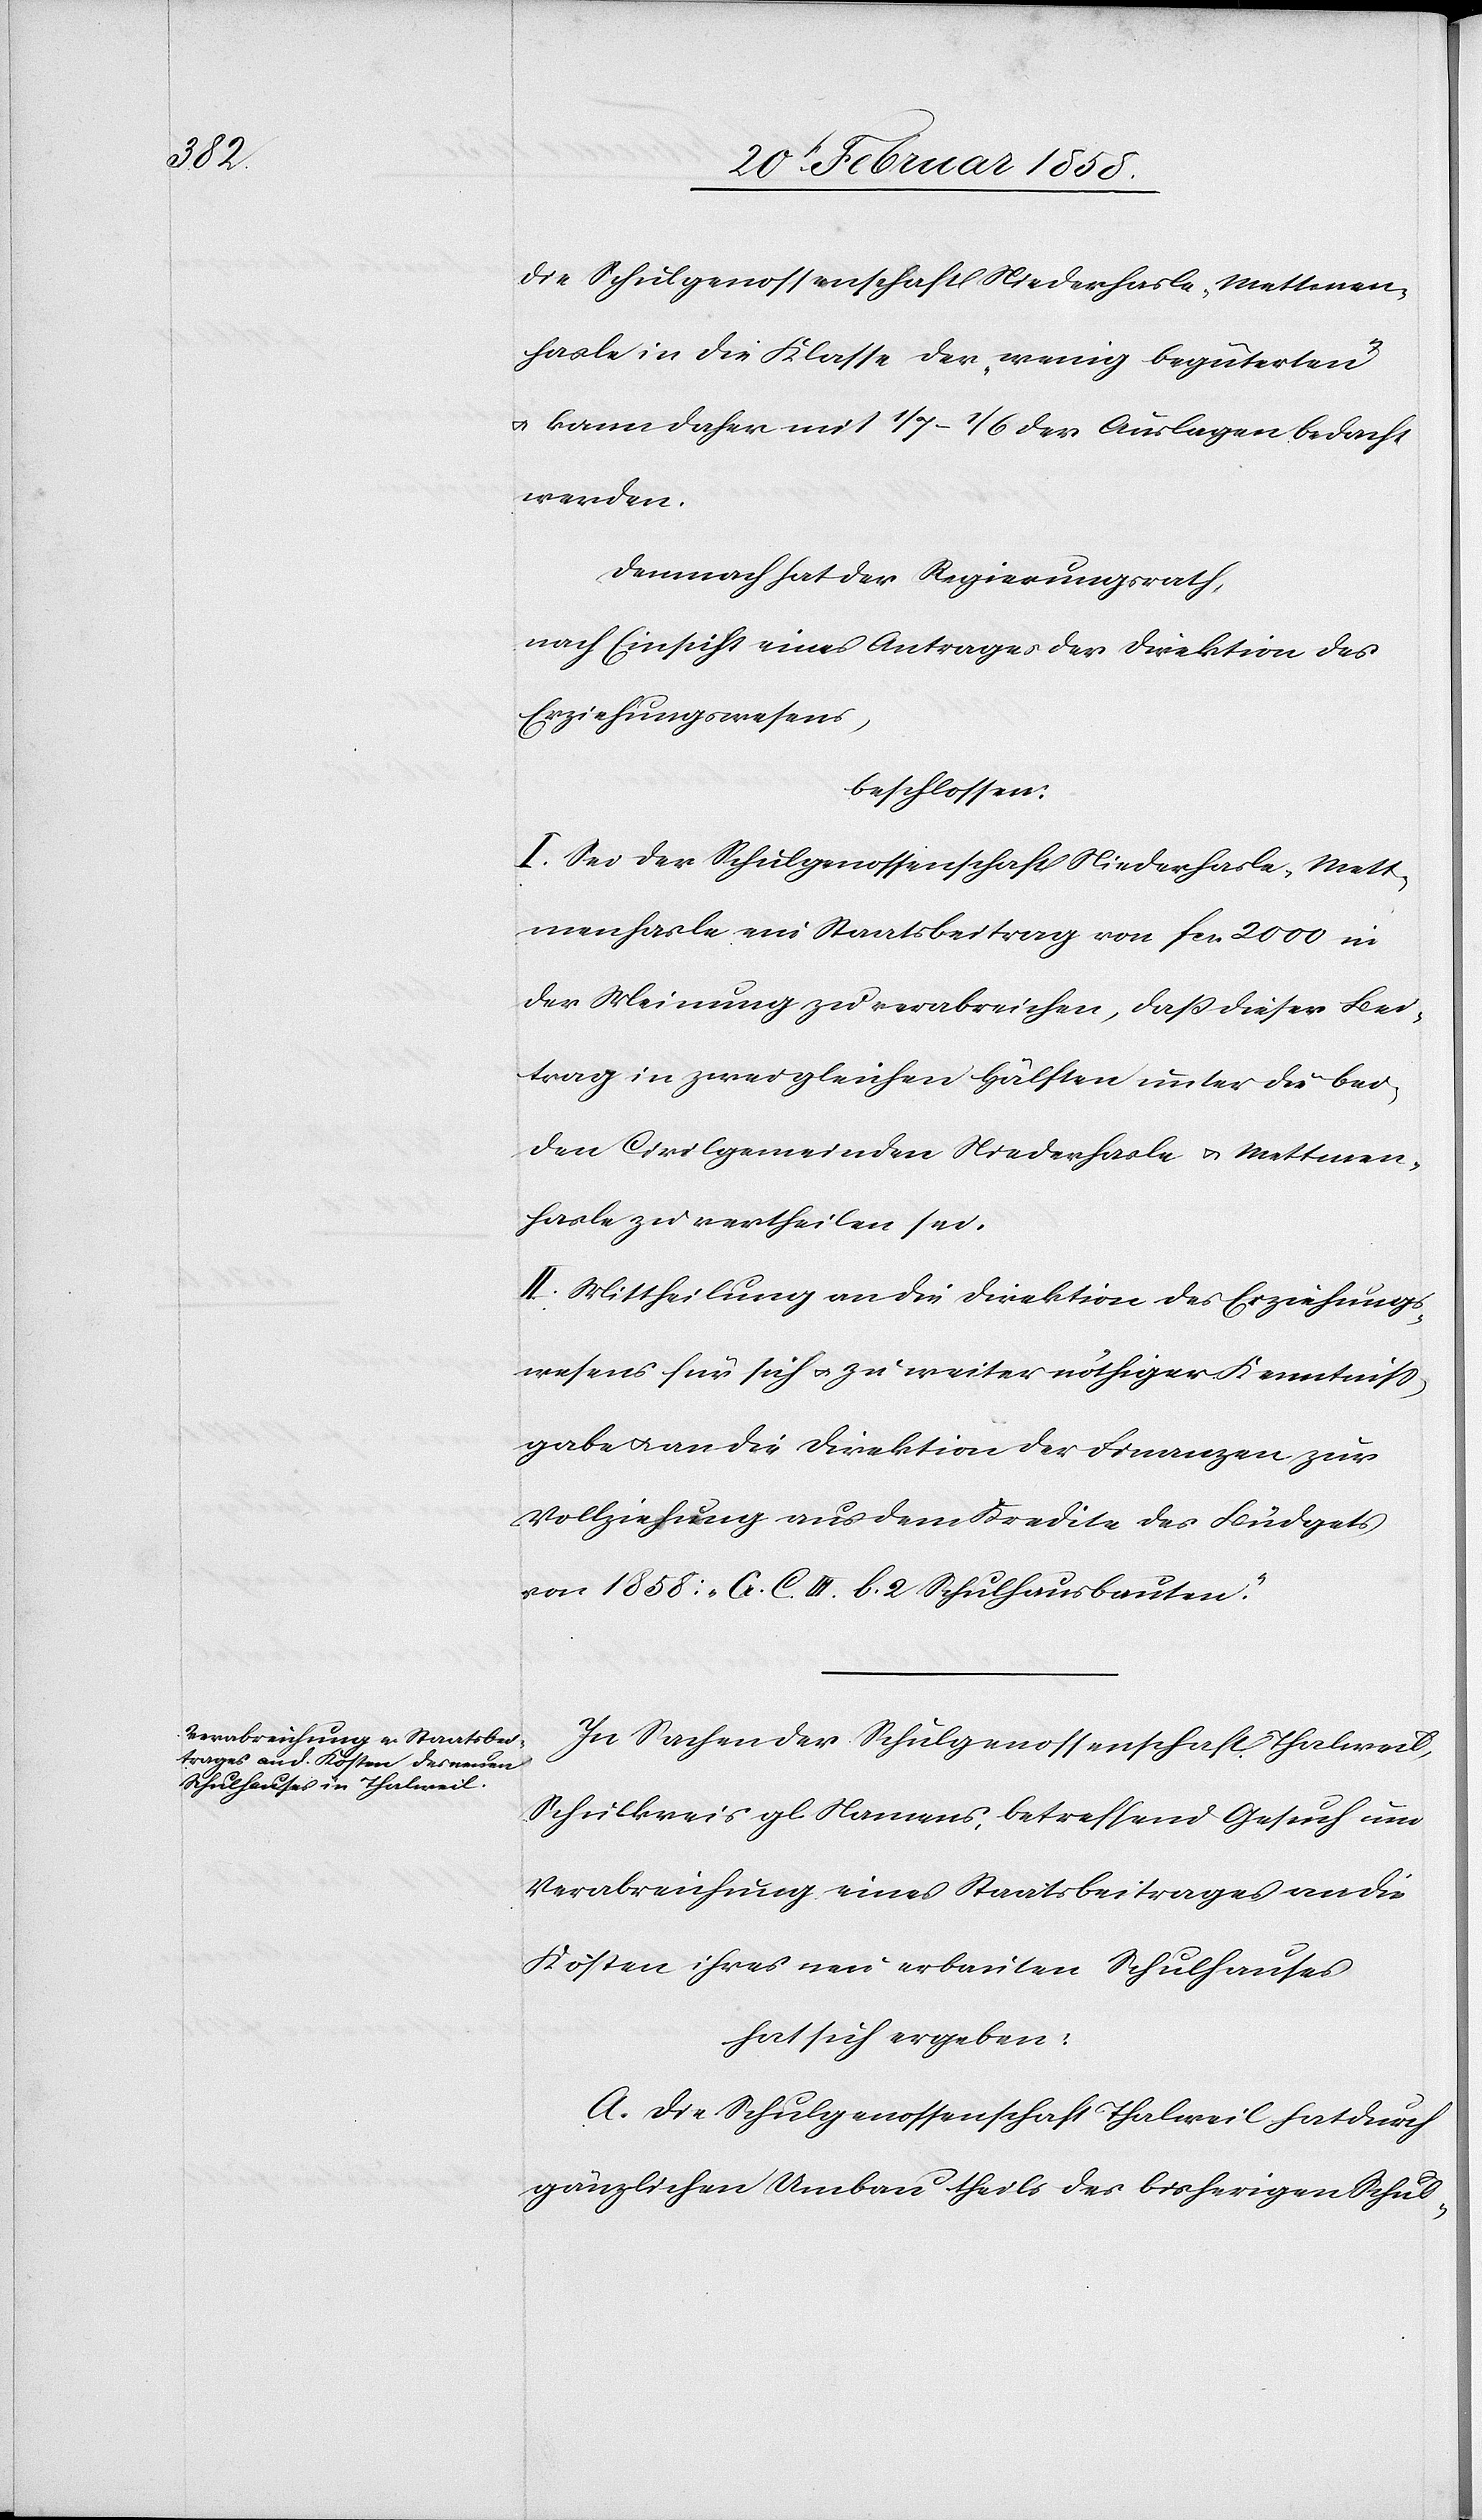
die Schulgenossenschaft Niederhasle-Mettmen¬
hasle in die Klasse der „wenig begüterten“
u. kann daher mit 1/7–1/6 der Auslagen bedacht
werden.
Demnach hat der Regierungsrath,
nach Einsicht eines Antrages der Direktion des
Erziehungswesens,
beschlossen:
I. Sei der Schulgenossenschaft Niederhasle-Mett¬
menhasle ein Staatsbeitrag von fcs. 2000 in
der Meinung zu verabreichen, daß dieser Bei¬
trag in zwei gleichen Hälften unter die bei¬
den Civilgemeinden Niederhasle u. Mettmen¬
hasle zu vertheilen sei.
II. Mittheilung an die Direktion des Erziehungs¬
wesens für sich u. zu weiter nöthiger Kenntniß¬
gabe u. an die Direktion der Finanzen zur
Vollziehung aus dem Kredite des Büdgets
von 1858: „G. C. III. b. 2 Schulhausbauten“.
In Sachen der Schulgenossenschaft Thalweil,
Schulkreis gl. Namens, betreffend Gesuch um
Verabreichung eines Staatsbeitrages an die
Kosten ihres neu erbauten Schulhauses
hat sich ergeben:
A. Die Schulgenossenschaft Thalweil hat durch
gänzlichen Umbau theils des bisherigen Schul-